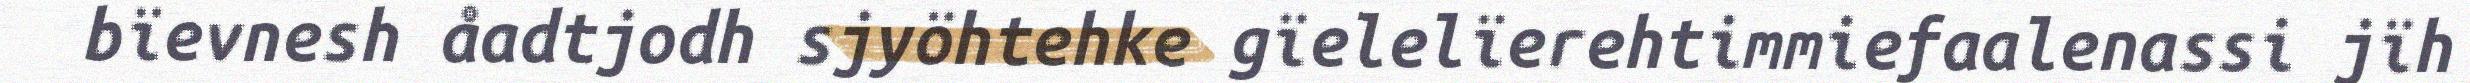
bïevnesh åadtjodh sjyöhtehke gïelelïerehtimmiefaalenassi jïh